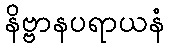
နိဗ္ဗာနပရာယနံ